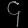
Digit: ၄